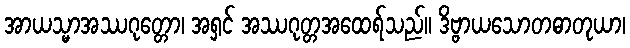
အာယသ္မာအဿဂုတ္တော၊ အရှင် အဿဂုတ္တအထေရ်သည်။ ဒိဗ္ဗာယသောတဓာတုယာ၊